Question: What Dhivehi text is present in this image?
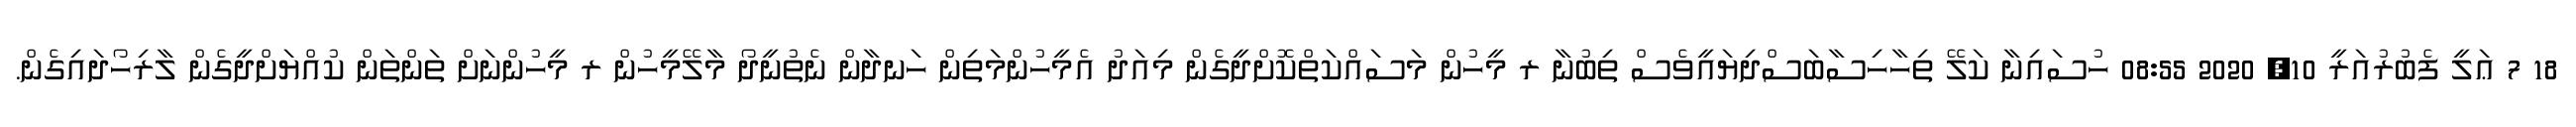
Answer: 18 7 ޢަލީ ފެބުރުއަރީ 10, 2020 08:55 ހުސައިނާ ކަލޭ ތިހާހިސާބަސްދިޔައީވެސް ތިބުނާ ރ މީހުން މަސައްކަތްކޮށްދީގެން މިއަދު އެމީހުންމަތިން ހަނދާން ނެތުނީދޯ މާލޭމީހުން ރ މީހުންނަށް ތަންތަން ކުއްޔަށްދީގެން ލާރިހޯދައިގެން.